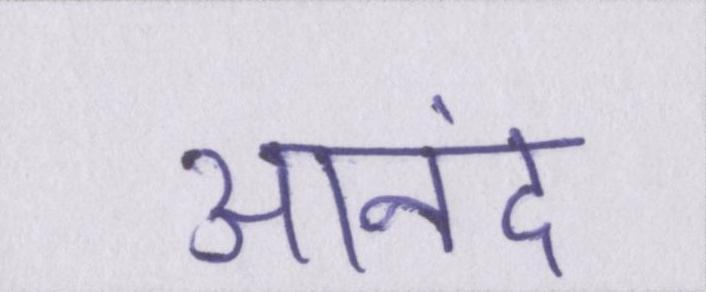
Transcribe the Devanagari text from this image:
आनंद